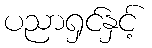
ပညာရှင်နှင့်